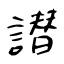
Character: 譛